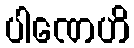
ပါဏေဟိ